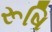
રૂષિ